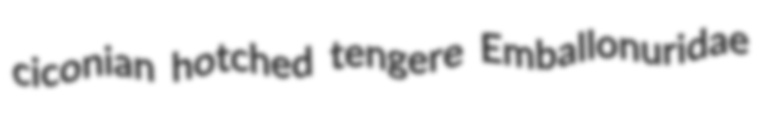
ciconian hotched tengere Emballonuridae